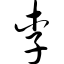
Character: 李